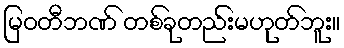
မြဝတီဘဏ် တစ်ခုတည်းမဟုတ်ဘူး။